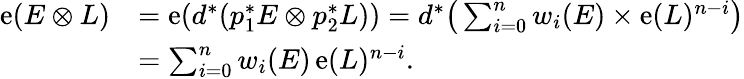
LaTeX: \begin{array}{rl}{\operatorname{e}(E\otimes L)}&{=\operatorname{e}(d^{*}(p_{1}^{*}E\otimes p_{2}^{*}L))=d^{*}\big(\sum_{i=0}^{n}w_{i}(E)\times\operatorname{e}(L)^{n-i}\big)}\\ &{=\sum_{i=0}^{n}w_{i}(E)\operatorname{e}(L)^{n-i}.}\end{array}